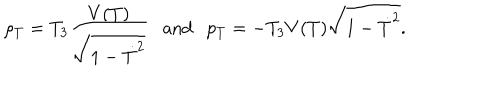
\rho _ { T } = T _ { 3 } \frac { V ( T ) } { \sqrt { 1 - \dot { T } ^ { 2 } } } \mathrm { a n d } p _ { T } = - T _ { 3 } V ( T ) \sqrt { 1 - \dot { T } ^ { 2 } } .